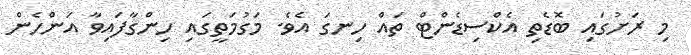
މި ރަށުގައި ބޮޑެތި އެކްސިޑެންޓް ތައް ހިނގަ އެވެ. މަގުމަތީގައި ހިންގާފައިވާ އަންހެން